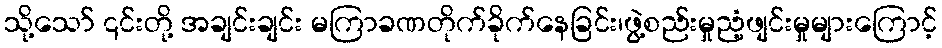
သို့သော် ၎င်းတို့ အချင်းချင်း မကြာခဏတိုက်ခိုက်နေခြင်း၊ဖွဲ့စည်းမှုညံ့ဖျင်းမှုများကြောင့်